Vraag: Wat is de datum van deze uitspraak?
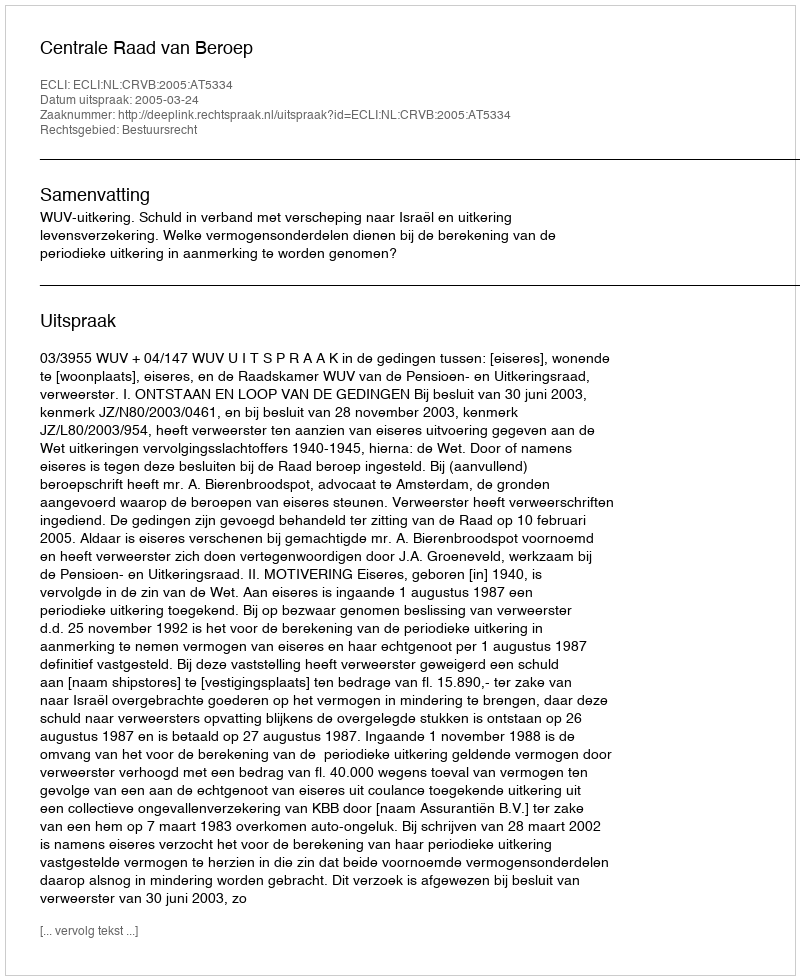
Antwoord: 2005-03-24